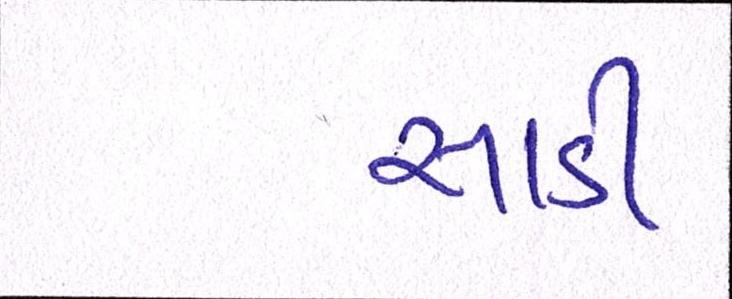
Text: સાડી